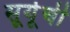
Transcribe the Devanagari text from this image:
सूर्यूची